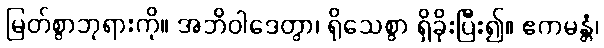
မြတ်စွာဘုရားကို။ အဘိဝါဒေတွာ၊ ရိုသေစွာ ရှိခိုးပြီး၍။ ဧကမန္တံ၊